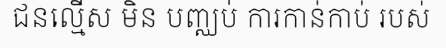
ជនល្មើស មិន បញ្ឈប់ ការកាន់កាប់ របស់